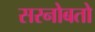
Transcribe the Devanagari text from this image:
सरनोबतो